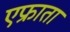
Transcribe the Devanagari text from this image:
एफ्राता